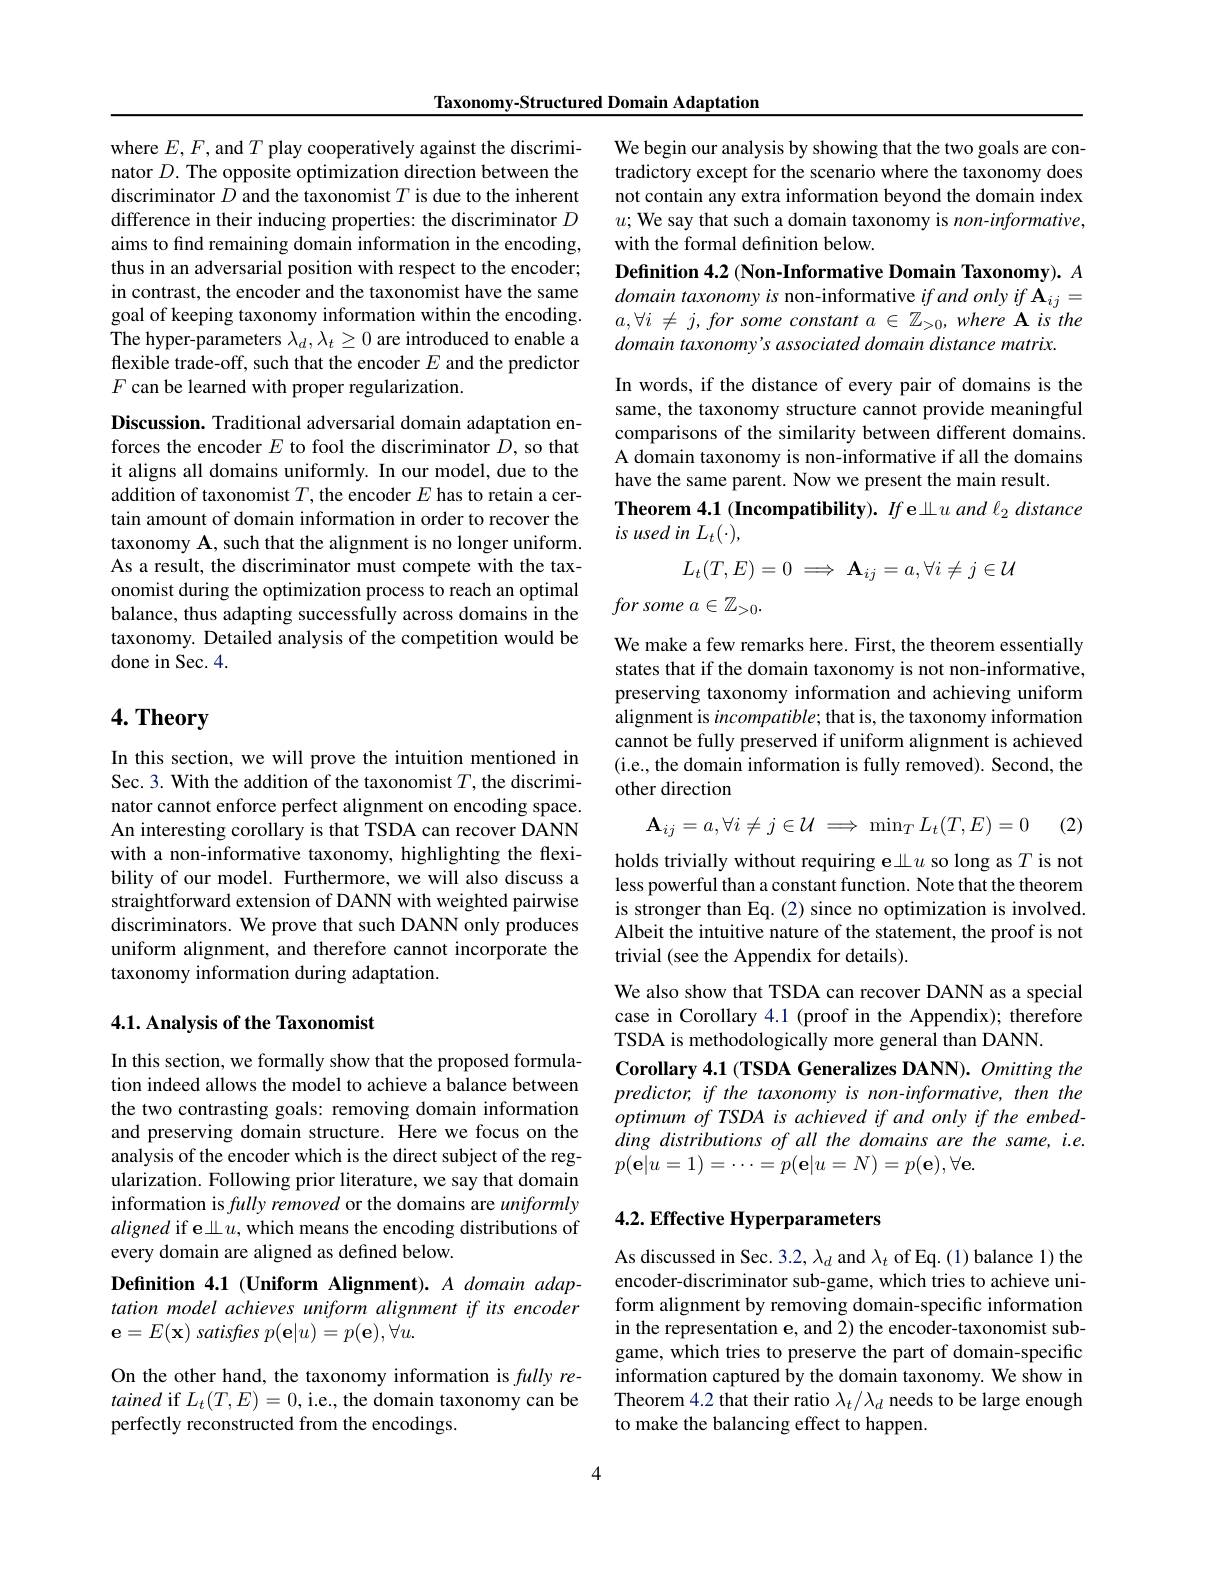
Taxonomy-Structured Domain Adaptation

where $E,F$, and $T$ play cooperatively against the discriminator $D.$ The opposite optimization direction between the discriminator $D$ and the taxonomist $T$ is due to the inherent difference in their inducing properties: the discriminator $D$ aims to fnd remaining domain information in the encoding, thus in an adversarial position with respect to the encoder; in contrast, the encoder and the taxonomist have the same goal of keeping taxonomy information within the encoding. The hyper-parameters $\lambda_d,\lambda_t\geq0$ are introduced to enable a flexible trade-off, such that the encoder $E$ and the predictor $F$ can be learned with proper regularization.

Discussion. Traditional adversarial domain adaptation enforces the encoder $E$ to fool the discriminator $D$, so that it aligns all domains uniformly. In our model, due to the addition of taxonomist $T$, the encoder $E$ has to retain a certain amount of domain information in order to recover the taxonomy $\mathbf{A}$, such that the alignment is no longer uniform. As a result, the discriminator must compete with the taxonomist during the optimization process to reach an optimal balance, thus adapting successfully across domains in the taxonomy. Detailed analysis of the competition would be done in Sec. 4.

## 4. Theory

In this section, we will prove the intuition mentioned in Sec. 3. With the addition of the taxonomist $T$, the discriminator cannot enforce perfect alignment on encoding space. An interesting corollary is that TSDA can recover DANN with a non-informative taxonomy, highlighting the flexibility of our model. Furthermore, we will also discuss a straightforward extension of DANN with weighted pairwise discriminators. We prove that such DANN only produces uniform alignment, and therefore cannot incorporate the taxonomy information during adaptation.

## 4.1. Analysis of the Taxonomist

In this section, we formally show that the proposed formulation indeed allows the model to achieve a balance between the two contrasting goals: removing domain information and preserving domain structure. Here we focus on the analysis of the encoder which is the direct subject of the regularization. Following prior literature, we say that domain information is fully removed or the domains are uniformly aligned if e业$u$, which means the encoding distributions of every domain are aligned as defined below.

Definition 4.1 (Uniform Alignment). A domain adaptation model achieves uniform alignment if its encoder $\mathbf{e}=E(\mathbf{x})$ satisfres $p(\mathbf{e}|u)=p(\mathbf{e}),\forall u.$

On the other hand, the taxonomy information is fully retained if $L_t(T,E)=0$,i.e., the domain taxonomy can be perfectly reconstructed from the encodings.

We begin our analysis by showing that the two goals are contradictory except for the scenario where the taxonomy does not contain any extra information beyond the domain index $u;$ We say that such a domain taxonomy is non-informative, with the formal definition below.

Definition 4.2 (Non-Informative Domain Taxonomy). $A$ domain taxonomy is non-informative ifand only if A$_ij=$ $a,\forall i\neq j,for$ some constant $a\in \mathbb{Z} _> 0, where\textbf{A}isthe$ domain taxonomy's associated domain distance matrix.

In words, if the distance of every pair of domains is the same, the taxonomy structure cannot provide meaningful comparisons of the similarity between different domains. A domain taxonomy is non-informative if all the domains have the same parent. Now we present the main result.
Theorem 4.1 (Incompatibility). $If$e业$u$ and $\ell_2$ distance
is used in $L_t(\cdot)$,
$$L_t(T,E)=0\implies\mathbf{A}_{ij}=a,\forall i\neq j\in\mathcal{U}$$
$for\textit{some a}\in \mathbb{Z} _{> 0}.$

We make a few remarks here. First, the theorem essentially states that if the domain taxonomy is not non-informative, preserving taxonomy information and achieving uniform alignment is incompatible; that is, the taxonomy information cannot be fully preserved if uniform alignment is achieved (i.e., the domain information is fully removed). Second, the other direction

(2)
$$\mathbf{A}_{ij}=a,\forall i\neq j\in\mathcal{U}\implies\min_{T}L_{t}(T,E)=0$$
holds trivially without requiring ell $u$ so long as $T$ is not less powerful than a constant function. Note that the theorem is stronger than Eq. (2) since no optimization is involved. Albeit the intuitive nature of the statement, the proof is not trivial (see the Appendix for details).

We also show that TSDA can recover DANN as a special case in Corollary 4.1 (proof in the Appendix); therefore TSDA is methodologically more general than DANN.
Corollary 4.1 (TSDA Generalizes DANN). Omitting the predictor, if the taxonomy is non-informative, then the optimum of TSDA is achieved if and only if the embedding distributions of all the domains are the same, i.e. $p(\mathbf{e}|u=1)=\cdots=p(\mathbf{e}|u=N)=p(\mathbf{e}),\forall\mathbf{e}.$

## 4.2. Effective Hyperparameters

As discussed in Sec. 3.2, $\lambda_d$ and $\lambda_t$ of Eq.(1) balance 1) the encoder-discriminator sub-game, which tries to achieve uniform alignment by removing domain-specific information in the representation e, and 2) the encoder-taxonomist subgame, which tries to preserve the part of domain-specific information captured by the domain taxonomy. We show in Theorem 4.2 that their ratio $\lambda_t/\lambda_d$ needs to be large enough to make the balancing effect to happen.

4